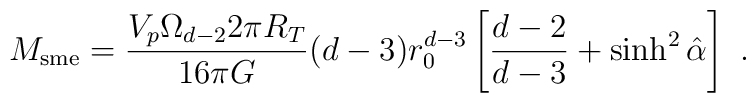
M_{\rm sme} = \frac{V_p \Omega_{d-2} 2\pi R_T}{16 \pi G}(d-3) r_0^{d-3} \left[ \frac{d-2}{d-3} + \sinh^2 \hat{\alpha} \right] \ .